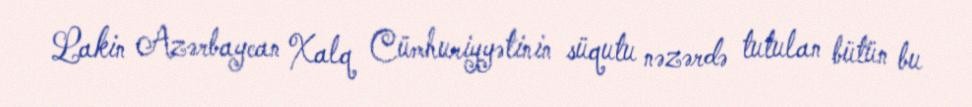
Lakin Azərbaycan Xalq Cümhuriyyətinin süqutu nəzərdə tutulan bütün bu